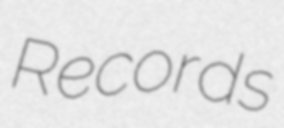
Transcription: Records